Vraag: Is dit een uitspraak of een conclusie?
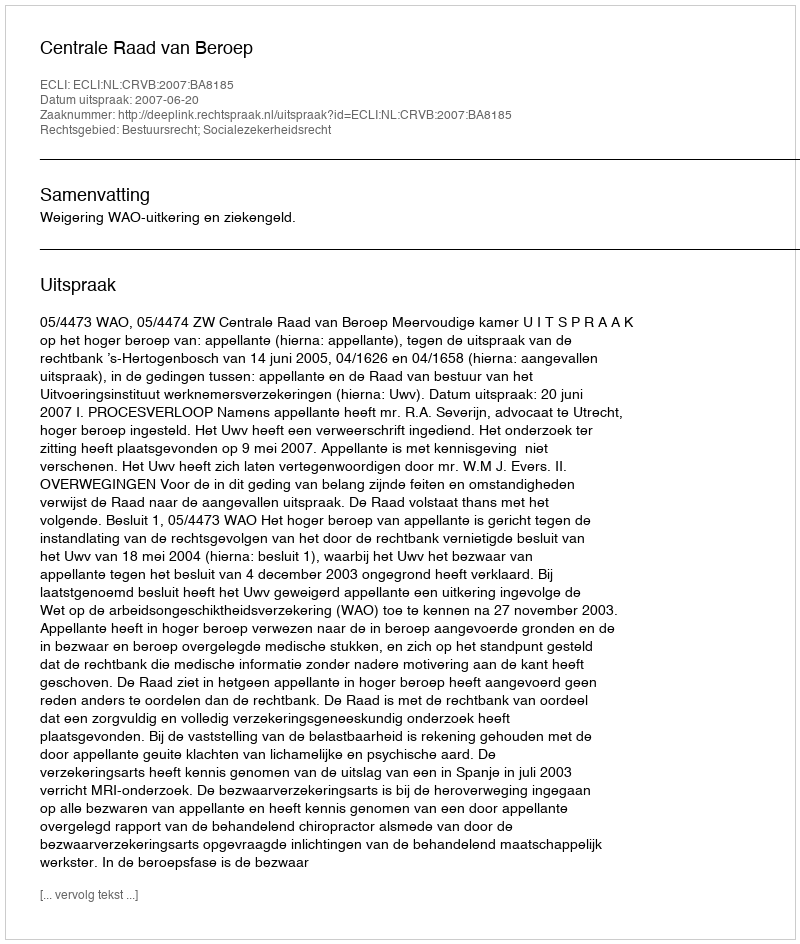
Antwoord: Uitspraak